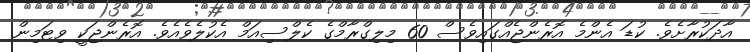
އާދަކުރާށެވެ. ކުޑަ އެންމެ އޮރެންޖެއްގައިވެސް 60 މިލިގްރާމްގެ ކެލްސިއަމް އެކުލެވެއެެވެ. އޮރެންޖަކީ ވިޓަމިން